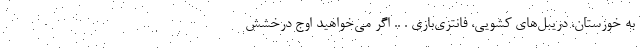
به خوزستان، دریبل‌های کشویی، فانتزی‌بازی . .. اگر می‌خواهید اوج درخشش